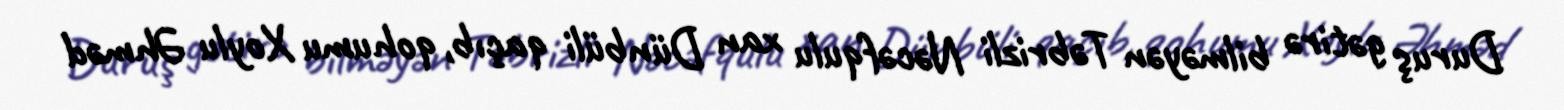
Duruş gətirə bilməyən Təbrizli Nəcəfqulu xan Dünbüli qaçıb, qohumu Xoylu Əhməd